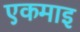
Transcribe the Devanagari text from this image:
एकमाइ